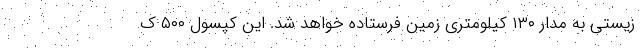
زیستی به مدار ۱۳۰ کیلومتری زمین فرستاده خواهد شد. این کپسول ۵۰۰ ک